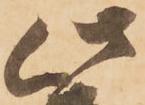
此